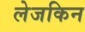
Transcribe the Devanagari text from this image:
लेजकिन